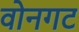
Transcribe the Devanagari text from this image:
वोनगट